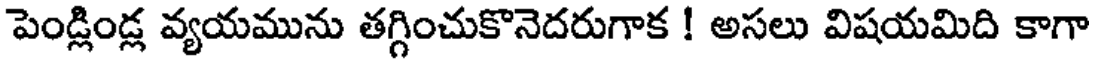
పెండ్లిండ్ల వ్యయమును తగ్గించుకొనెదరుగాక ! అసలు విషయమిది కాగా